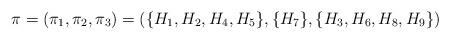
LaTeX: \begin{align*}\pi = (\pi_1, \pi_2, \pi_3) = (\{H_1,H_2, H_4, H_5\}, \{H_7\}, \{H_3, H_6, H_8, H_9\})\end{align*}